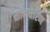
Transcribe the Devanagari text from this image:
सानधारण